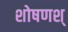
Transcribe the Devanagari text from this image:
शोषणश्